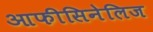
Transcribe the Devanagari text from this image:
आफीसिनेलिज